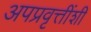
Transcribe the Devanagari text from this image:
अपप्रवृत्तींशी